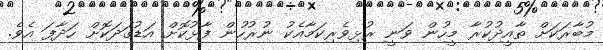
މުބާރަކަށް ތާއީދުކުރާ މީހުން ވަނީ ރުޅިވެރިކަމާއެކު ނުރުހުން ފާޅުކޮށް އަޑުގަދަކޮށް ހަދާފަ އެވެ.